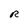
Character: R